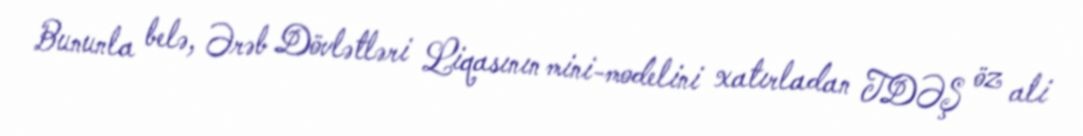
Bununla belə, Ərəb Dövlətləri Liqasının mini-modelini xatırladan TDƏŞ öz ali